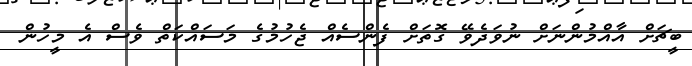
ބީޗަށް އާއްމުންނަށް ނުވަދެވޭ ގޮތަށް ފެންސެއް ޖެހުމުގެ މަސައްކަތް ވެސް އެ މީހުން